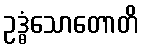
ဥဒ္ဓံသောတောတိ